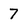
Character: 7